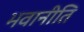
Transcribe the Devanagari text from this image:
भवानीति